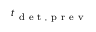
t _ { \mathrm { ~ d ~ e ~ t ~ , ~ p ~ r ~ e ~ v ~ } }